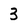
Character: 3